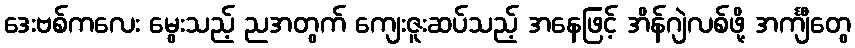
ဒေးဗစ်ကလေး မွေးသည့် ညအတွက် ကျေးဇူးဆပ်သည့် အနေဖြင့် အိန်ဂျဲလစ်ဖို့ အင်္ကျီတွေ